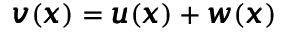
{ \pmb v } ( { \pmb x } ) = { \pmb u } ( { \pmb x } ) + { \pmb w } ( { \pmb x } )